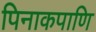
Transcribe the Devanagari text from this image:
पिनाकपाणि